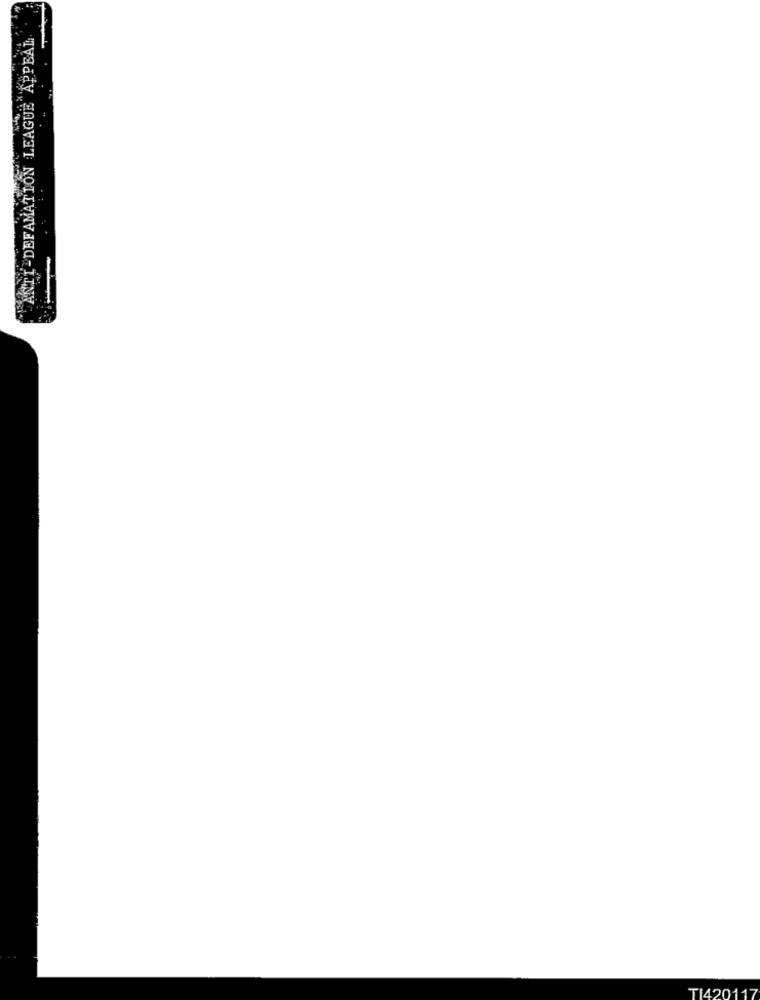
ANTI-DEFAMATION LEAGUE APPEAL
TI42011